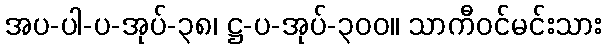
အပ-ပါ-ပ-အုပ်-၃၈၊ ဋ္ဌ-ပ-အုပ်-၃၀၀။ သာကီဝင်မင်းသား